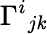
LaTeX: \Gamma^{i}{}_{j\mathit{k}}